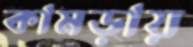
কামড়ায়